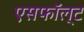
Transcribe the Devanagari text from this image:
एसफॉल्ट